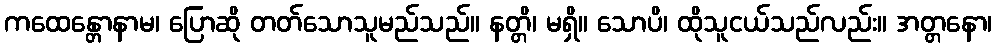
ကထေန္တောနာမ၊ ပြောဆို တတ်သောသူမည်သည်။ နတ္တိ၊ မရှိ။ သောပိ၊ ထိုသူငယ်သည်လည်း။ အတ္တနော၊